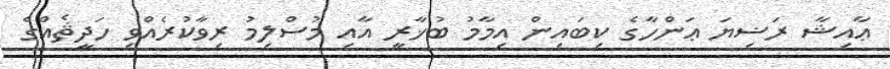
ޢާއިޝާ ރަޟިޔަ ޢަންހާގެ ކިބައިން އިމާމު ބުޚާރީ އާއި މުސްލިމު ރިވާކުރެއްވި ހަދީޘެއްގެ